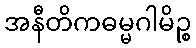
အနီတိကဓမ္မဂါမိဉ္စ